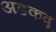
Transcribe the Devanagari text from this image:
अडकवू